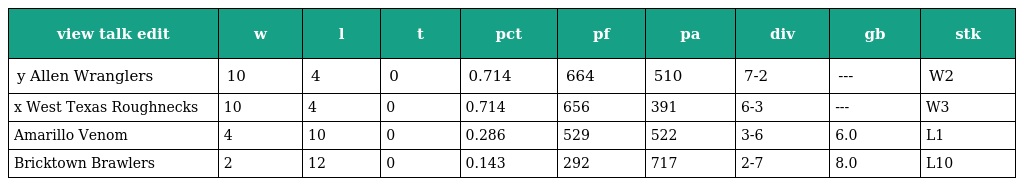
| view talk edit | w | l | t | pct | pf | pa | div | gb | stk |
 | --- | --- | --- | --- | --- | --- | --- | --- | --- | --- |
 | y Allen Wranglers | 10 | 4 | 0 | 0.714 | 664 | 510 | 7-2 | --- | W2 |
 | x West Texas Roughnecks | 10 | 4 | 0 | 0.714 | 656 | 391 | 6-3 | --- | W3 |
 | Amarillo Venom | 4 | 10 | 0 | 0.286 | 529 | 522 | 3-6 | 6.0 | L1 |
 | Bricktown Brawlers | 2 | 12 | 0 | 0.143 | 292 | 717 | 2-7 | 8.0 | L10 |